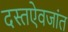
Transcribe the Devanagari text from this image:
दस्तऐवजांत